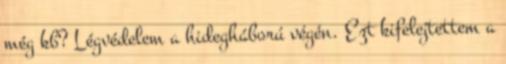
még kb? Légvédelem a hidegháború végén. Ezt kifelejtettem a